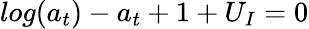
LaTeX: {log(a_{t})-a_{t}+1+U_{I}=0}